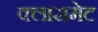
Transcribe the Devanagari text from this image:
क्लासमेट